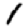
Digit: 1